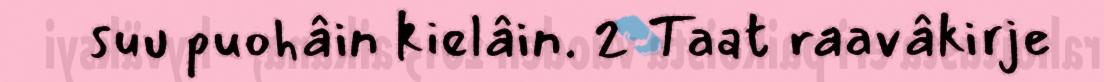
suu puohâin kielâin. 2 Taat raavâkirje